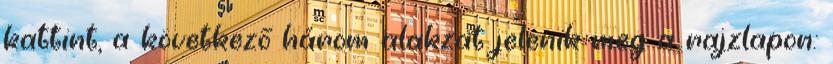
kattint, a következő három alakzat jelenik meg a rajzlapon: